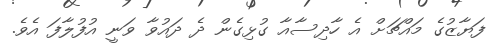
ފަޔާޒުގެ މައްޗަށް އެ ހާދިސާއާ ގުޅިގެން ދެ ދައުވާ ވަނީ އުފުލާފަ އެވެ.